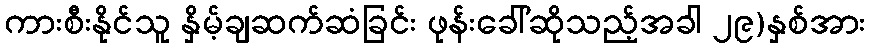
ကားစီးနိုင်သူ နှိမ့်ချဆက်ဆံခြင်း ဖုန်းခေါ်ဆိုသည့်အခါ ၂၉)နှစ်အား